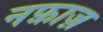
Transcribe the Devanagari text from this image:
नफ़ाज़